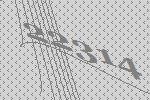
22314